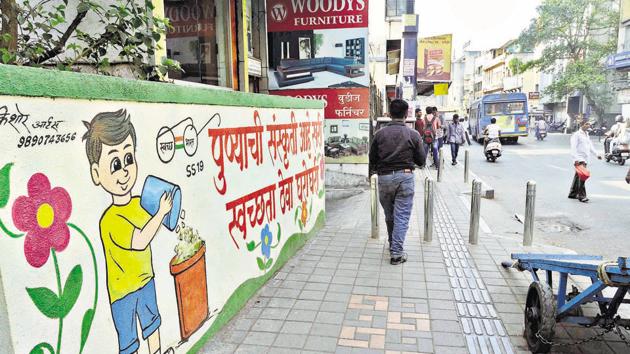
Language: marathi
Transcription: पुण्याची स्वच्छता आर्टस्